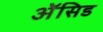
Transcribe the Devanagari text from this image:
ॲेसिड